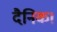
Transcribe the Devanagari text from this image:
दैनिक।